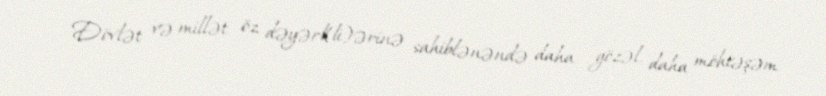
Dövlət və millət öz dəyərl(li)ərinə sahiblənəndə daha gözəl, daha möhtəşəm